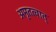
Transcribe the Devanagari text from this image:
अमृतत्वात्